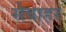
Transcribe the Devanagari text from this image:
सेबाहर